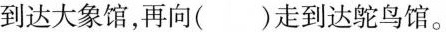
到达大象馆，再向()走到达鸵鸟馆。